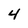
Character: 4